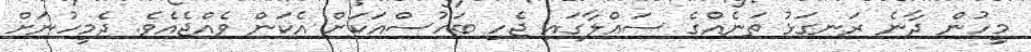
މީހުން ދާނެ ރަނގަޅު ތަނެއްގެ ސައްލާގައި ޖެހި ބަހުސްއަކަށް އެކަން ވެއްޖެއެވެ. ދެމީހުނަށް